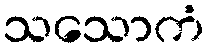
သသောကံ